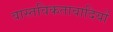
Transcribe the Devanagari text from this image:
वास्तविकतावादियों